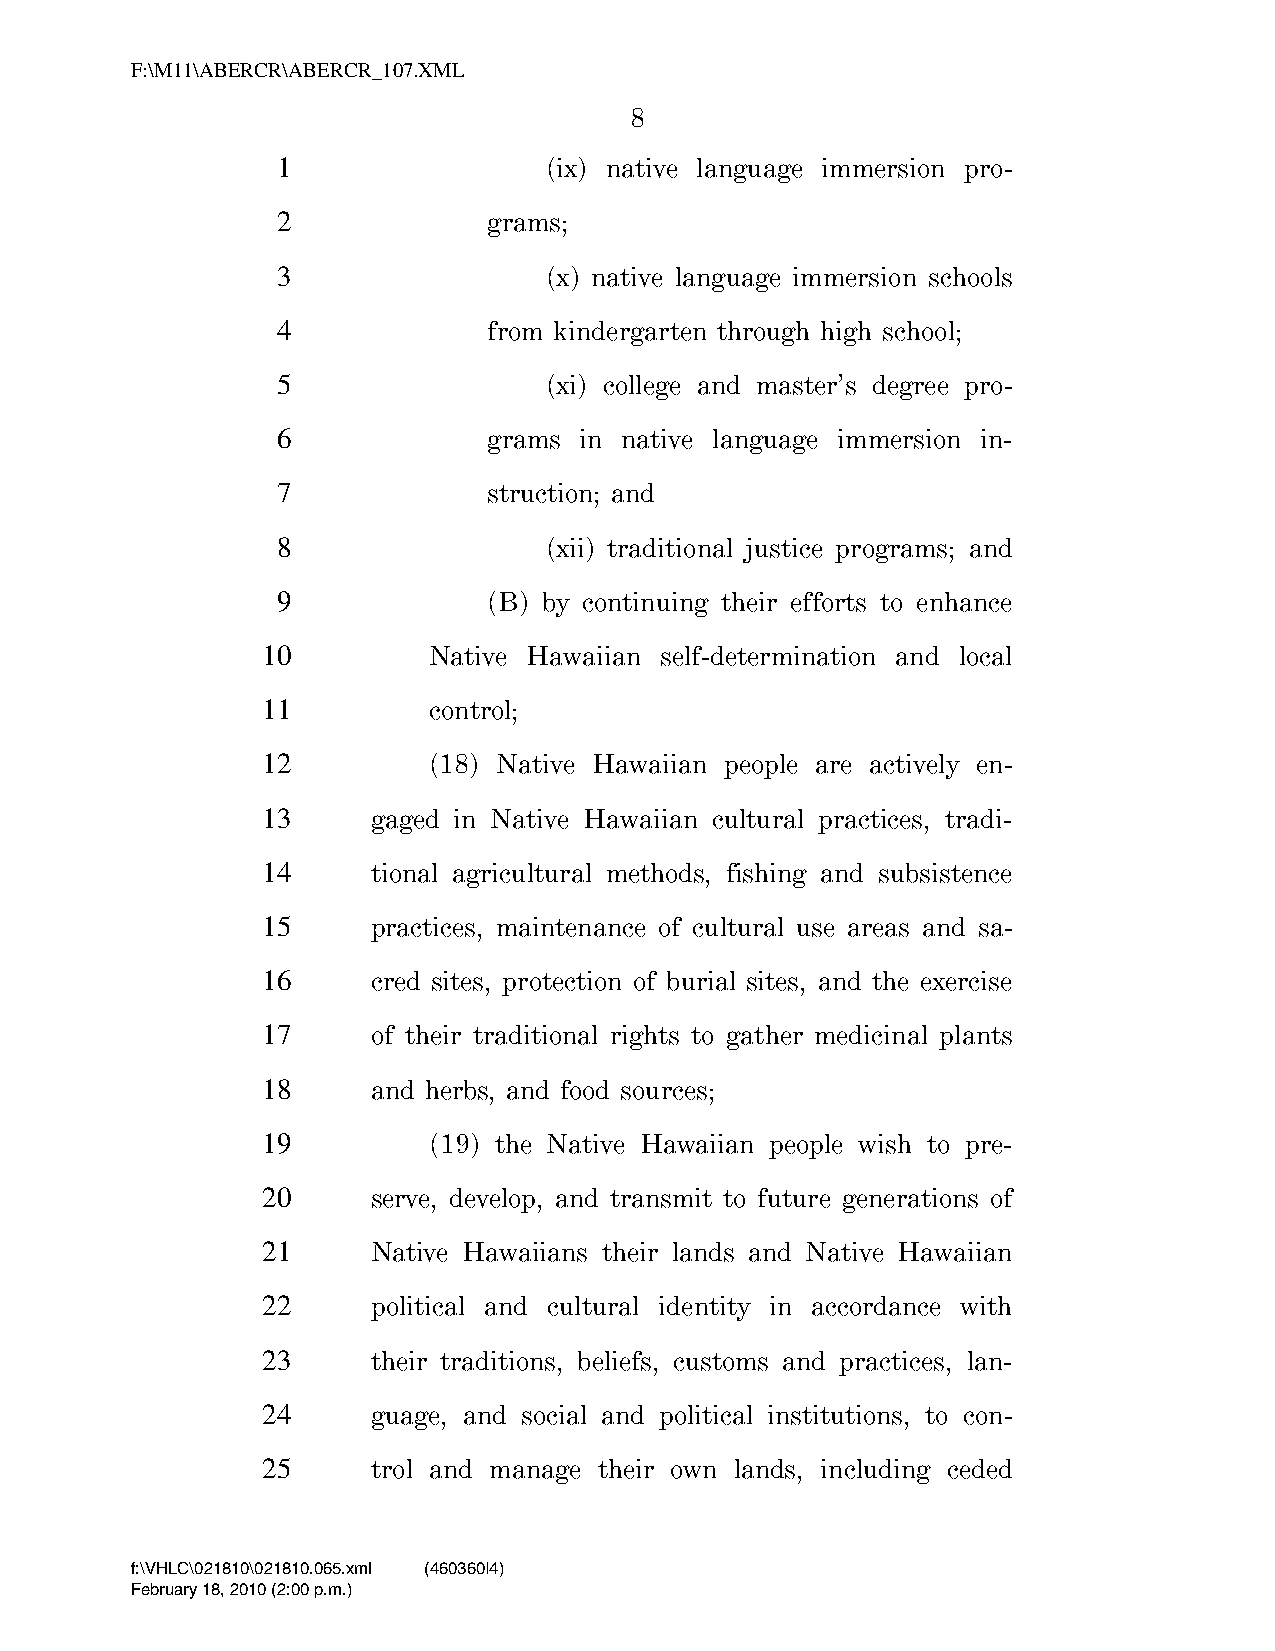
F:\M11\ABERCR\ABERCR_107.XML
 8
 1                 (ix) native language immersion pro-
 2             grams;
 3                 (x) native language immersion schools
 4             from kindergarten through high school;
 5                 (xi) college and master’s degree pro-
 6             grams in native language immersion in-
 7             struction; and
 8                 (xii) traditional justice programs; and
 9             (B) by continuing their efforts to enhance
 10         Native Hawaiian self-determination and local
 11         control;
 12         (18) Native Hawaiian people are actively en-
 13      gaged in Native Hawaiian cultural practices, tradi-
 14      tional agricultural methods, fishing and subsistence
 15      practices, maintenance of cultural use areas and sa-
 16      cred sites, protection of burial sites, and the exercise
 17      of their traditional rights to gather medicinal plants
 18      and herbs, and food sources;
 19         (19) the Native Hawaiian people wish to pre-
 20      serve, develop, and transmit to future generations of
 21      Native Hawaiians their lands and Native Hawaiian
 22      political and cultural identity in accordance with
 23      their traditions, beliefs, customs and practices, lan-
 24      guage, and social and political institutions, to con-
 25      trol and manage their own lands, including ceded
 f:\VHLC\021810\021810.065.xml (460360|4)
 February 18, 2010 (2:00 p.m.)
 VerDate Nov 24 2008 14:00 Feb 18, 2010 Jkt 000000 PO 00000 Frm 00008 Fmt 6652 Sfmt 6201 C:\TEMP\ABERCR_107.XML HOLCPC